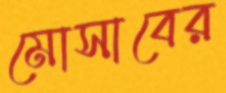
মোসাবের